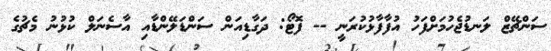
ސަންޗޭޒް ލަނޑުޖެހުމަށްފަހު އުފާފާޅުކުރަނީ -- ފޮޓޯ: ދަގާޑިއަން ސަންޑަލޭންޑާއި އާސެނަލް ކުޅުނު މެޗުގެ